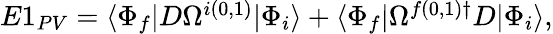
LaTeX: \begin{array}{r}{E1_{PV}=\langle\Phi_{f}|D\Omega^{i(0,1)}|\Phi_{i}\rangle+\langle\Phi_{f}|\Omega^{f(0,1)\dagger}D|\Phi_{i}\rangle,}\end{array}